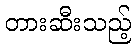
တားဆီးသည့်